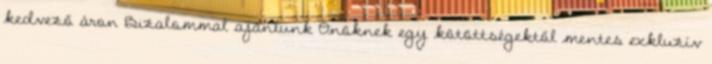
kedvező áron Bizalommal ajánlunk Önöknek egy kötöttségektől mentes exkluzív